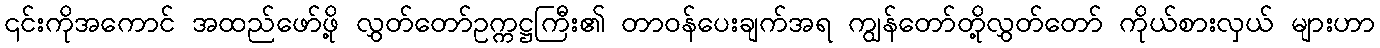
၎င်းကိုအကောင် အထည်ဖော်ဖို့ လွှတ်တော်ဥက္ကဋ္ဌကြီး၏ တာဝန်ပေးချက်အရ ကျွန်တော်တို့လွှတ်တော် ကိုယ်စားလှယ် များဟာ